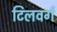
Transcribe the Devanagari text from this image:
टिलवर्ग